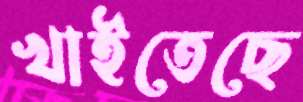
খাইতেছে